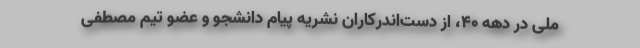
ملی در دهه 40، از دست‌اندركاران نشریه پیام دانشجو و عضو تیم مصطفی